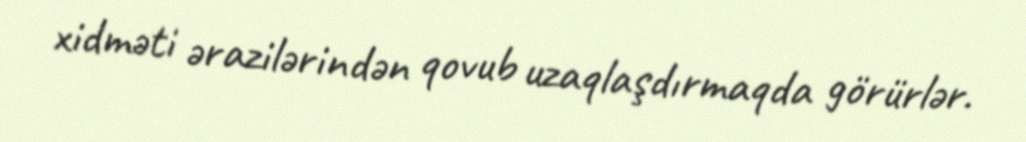
xidməti ərazilərindən qovub uzaqlaşdırmaqda görürlər.